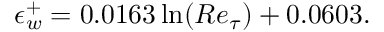
\epsilon _ { w } ^ { + } = 0 . 0 1 6 3 \ln ( R e _ { \tau } ) + 0 . 0 6 0 3 .